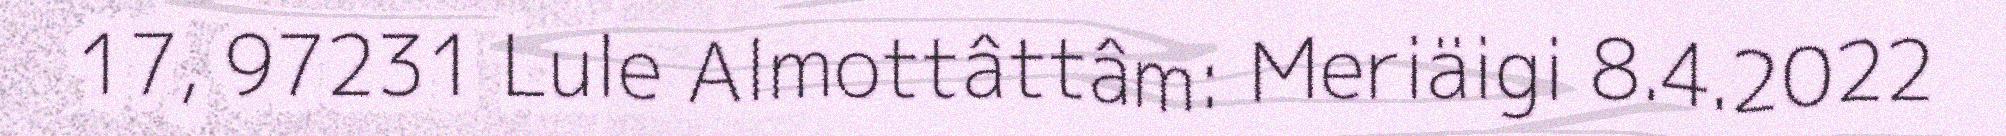
17, 97231 Lule Almottâttâm: Meriäigi 8.4.2022